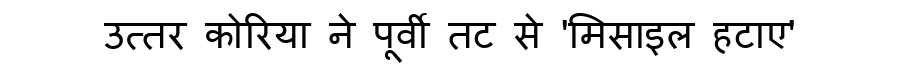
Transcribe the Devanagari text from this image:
उत्तर कोरिया ने पूर्वी तट से 'मिसाइल हटाए'